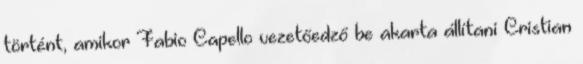
történt, amikor Fabio Capello vezetőedző be akarta állítani Cristian